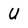
Character: U